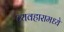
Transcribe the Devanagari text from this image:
व्यवहारामध्ये